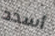
أسدد